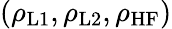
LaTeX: (\rho_{\mathrm{L1}},\rho_{\mathrm{L2}},\rho_{\mathrm{HF}})